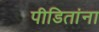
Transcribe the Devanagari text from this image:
पीडितांना